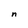
Character: n